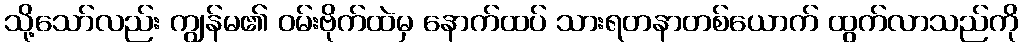
သို့သော်လည်း ကျွန်မ၏ ဝမ်းဗိုက်ထဲမှ နောက်ထပ် သားရတနာတစ်ယောက် ထွက်လာသည်ကို